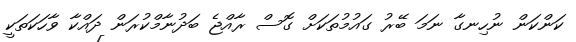
ކަންކަން ނުހިނގާ ނަމަ ބޭރު ގައުމުތަކަށް ގޮސް ރާއްޖެ ބަދުނާމްކުރަން ދައްކާ ވާހަކަތަކީ